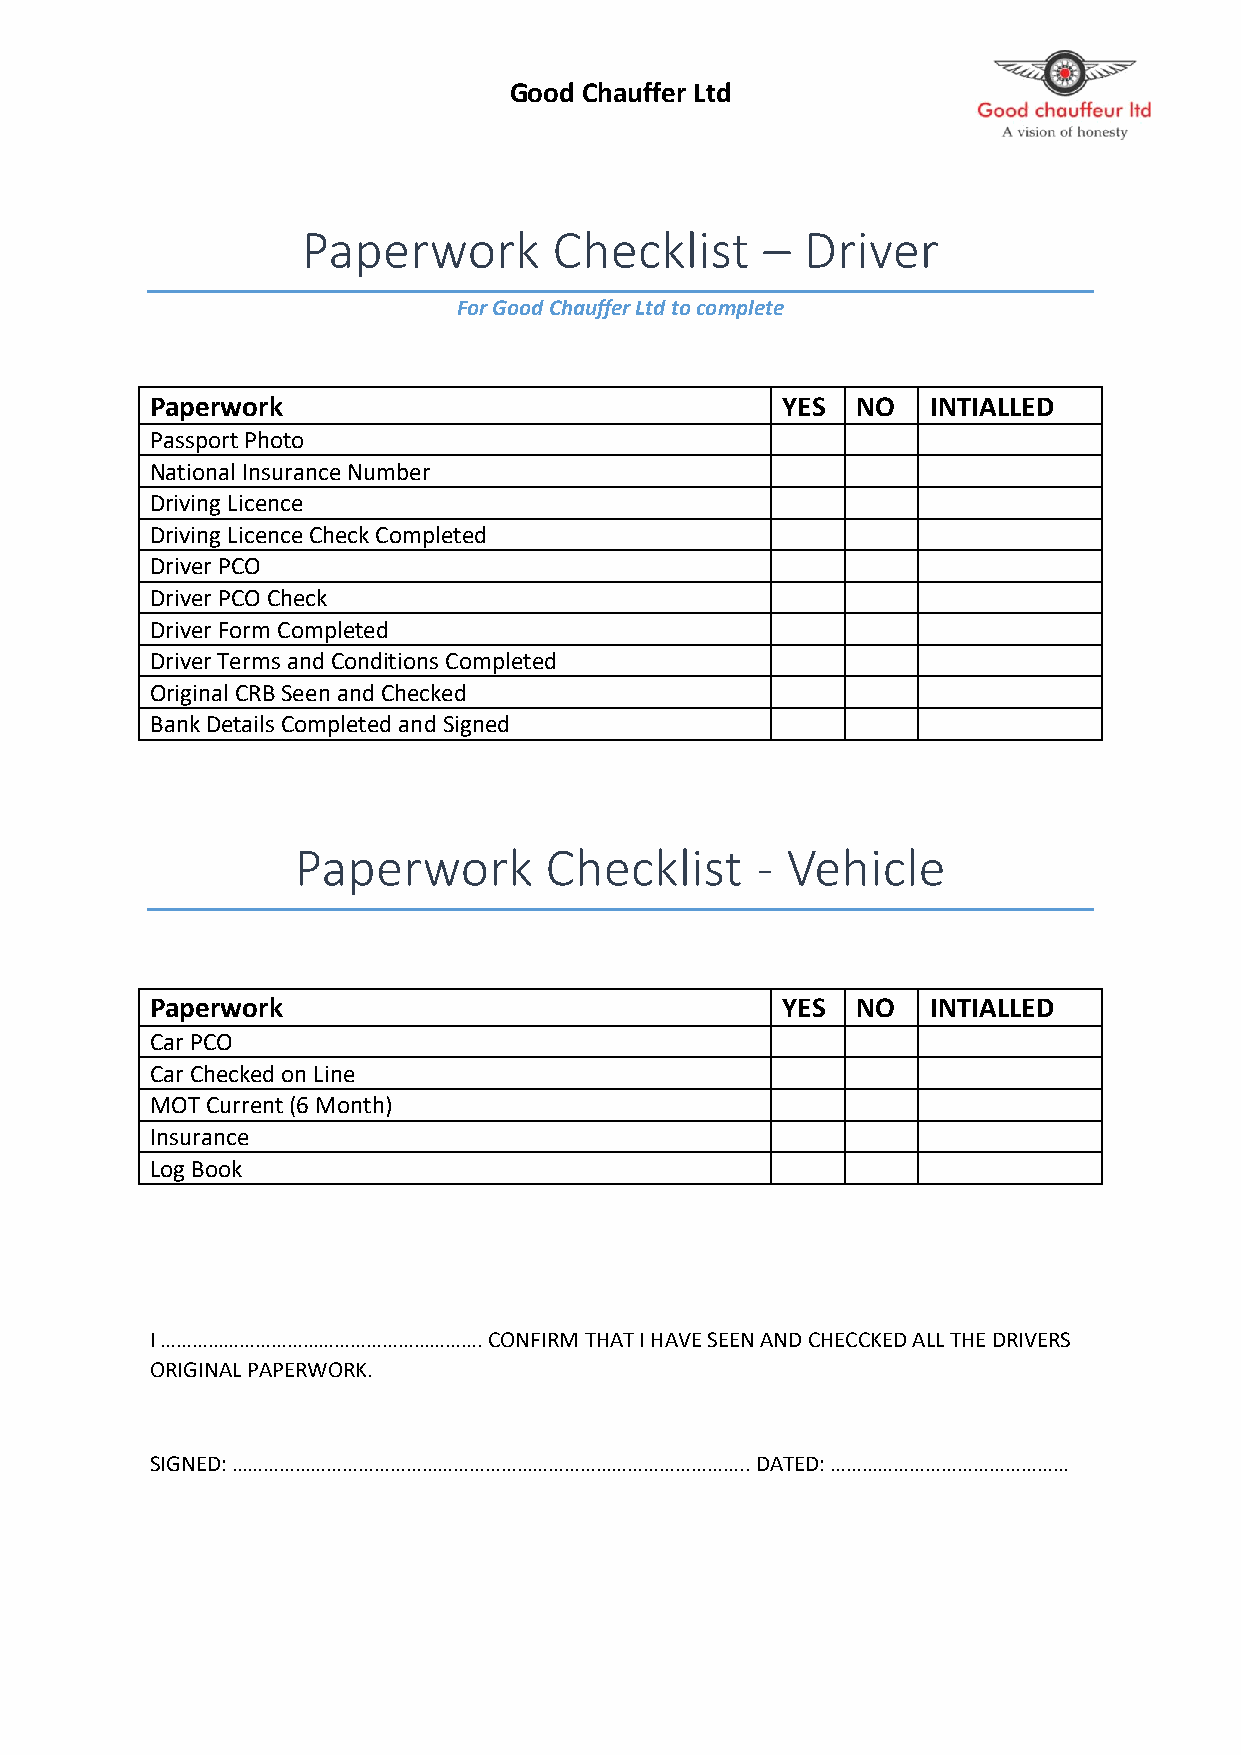
Good Chauffer Ltd
 Paperwork        Checklist     – Driver
 For Good Chauffer Ltd to complete
 Paperwork                                 YES  NO   INTIALLED
 Passport Photo
 National Insurance Number
 Driving Licence
 Driving Licence Check Completed
 Driver PCO
 Driver PCO Check
 Driver Form Completed
 Driver Terms and Conditions Completed
 Original CRB Seen and Checked
 Bank Details Completed and Signed
 Paperwork       Checklist     - Vehicle
 Paperwork                                 YES  NO   INTIALLED
 Car PCO
 Car Checked on Line
 MOT Current (6 Month)
 Insurance
 Log Book
 I ……………………………………………………. CONFIRM THAT I HAVE SEEN AND CHECCKED ALL THE DRIVERS
 ORIGINAL PAPERWORK.
 SIGNED: …………………………………………………………………………………….. DATED: ………………………………………